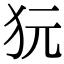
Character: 𤝌